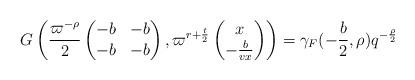
LaTeX: \begin{align*}G\left( \frac{\varpi^{-\rho}}{2} \left(\begin{matrix} -b & -b \\ -b & -b\end{matrix}\right), \varpi^{r +\frac{t}{2}}\left(\begin{matrix} x \\ -\frac{b}{vx} \end{matrix}\right) \right) = \gamma_F(-\frac{b}{2},\rho)q^{-\frac{\rho}{2}} \end{align*}